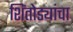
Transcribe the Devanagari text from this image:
शिंतोड्यांचा